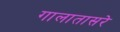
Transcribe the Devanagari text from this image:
गालातासरे